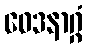
ဝေဒနာဂ္ဂံ